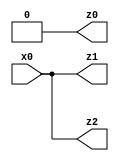
// Benchmark "q_3" written by ABC on Mon Jul 10 22:36:39 2023

module q_3 ( 
    x0,
    z0, z1, z2  );
  input  x0;
  output z0, z1, z2;
  assign z0 = 1'b0;
  assign z1 = x0;
  assign z2 = x0;
endmodule